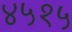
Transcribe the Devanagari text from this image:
४५१५